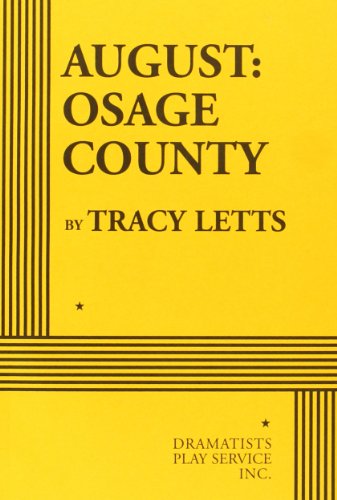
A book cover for August: Osage County - Acting Edition; Tracy Letts; Literature & Fiction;